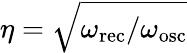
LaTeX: \eta=\sqrt{\omega_{\mathrm{rec}}/\omega_{\mathrm{osc}}}